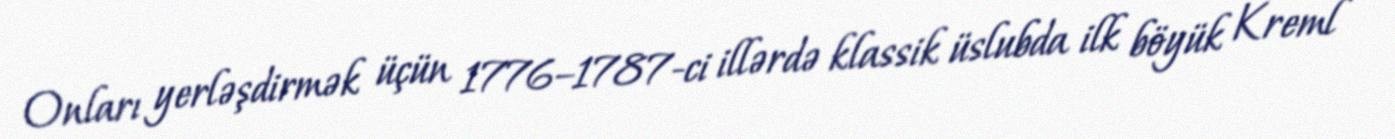
Onları yerləşdirmək üçün 1776–1787-ci illərdə klassik üslubda ilk böyük Kreml